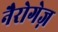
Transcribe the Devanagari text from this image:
नैरोगेज़